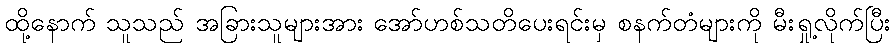
ထို့နောက် သူသည် အခြားသူများအား အော်ဟစ်သတိပေးရင်းမှ စနက်တံများကို မီးရှု့လိုက်ပြီး